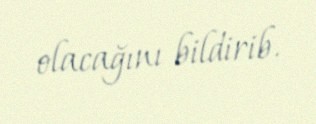
olacağını bildirib.